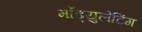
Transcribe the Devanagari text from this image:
मॉड्युलेटिंग